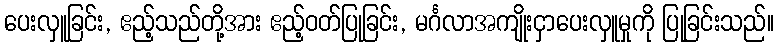
ပေးလှူခြင်း, ဧည့်သည်တို့အား ဧည့်ဝတ်ပြုခြင်း, မင်္ဂလာအကျိုးငှာပေးလှူမှုကို ပြုခြင်းသည်။